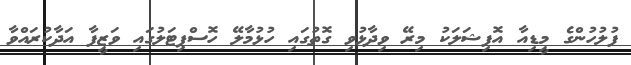
ފުލުހުންގެ މީޑިއާ އޮފިޝަލަކު މިރޭ ވިދާޅުވި ގޮތުގައި ހުޅުމާލޭ ހޮސްޕިޓަލުގައި ވަޒީފާ އަދާކުރައްވާ